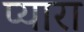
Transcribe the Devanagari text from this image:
प्‍यारा